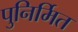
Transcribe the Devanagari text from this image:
पुनिर्मित